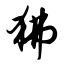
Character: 狒